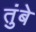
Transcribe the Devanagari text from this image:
तुंबे